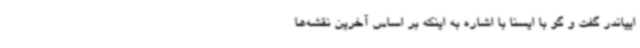
اییاندر گفت و گو با ایسنا با اشاره به اینکه بر اساس آخرین نقشه‌ها